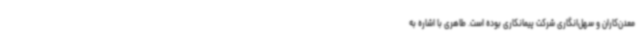
معدن‌کاران و سهل‌انگاری شرکت پیمانکاری بوده است. طاهری با اشاره به